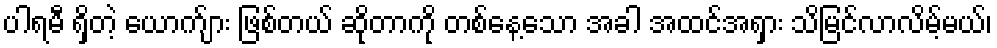
ပါရမီ ရှိတဲ့ ယောက်ျား ဖြစ်တယ် ဆိုတာကို တစ်နေ့သော အခါ အထင်အရှား သိမြင်လာလိမ့်မယ်၊